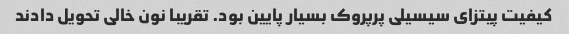
کیفیت پیتزای سیسیلی پرپروک بسیار پایین بود. تقریبا نون خالی تحویل دادند